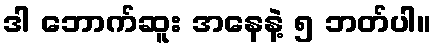
ဒါ ဘောက်ဆူး အနေနဲ့ ၅ ဘတ်ပါ။